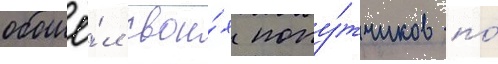
обошё́л свои́х попу́тчиков по́